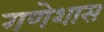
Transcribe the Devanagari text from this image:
गणेशास